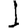
Digit: 1